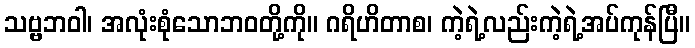
သဗ္ဗဘဝါ၊ အလုံးစုံသောဘဝတို့ကို။ ဂရိဟိတာစ၊ ကဲ့ရဲ့လည်းကဲ့ရဲ့အပ်ကုန်ပြီ။